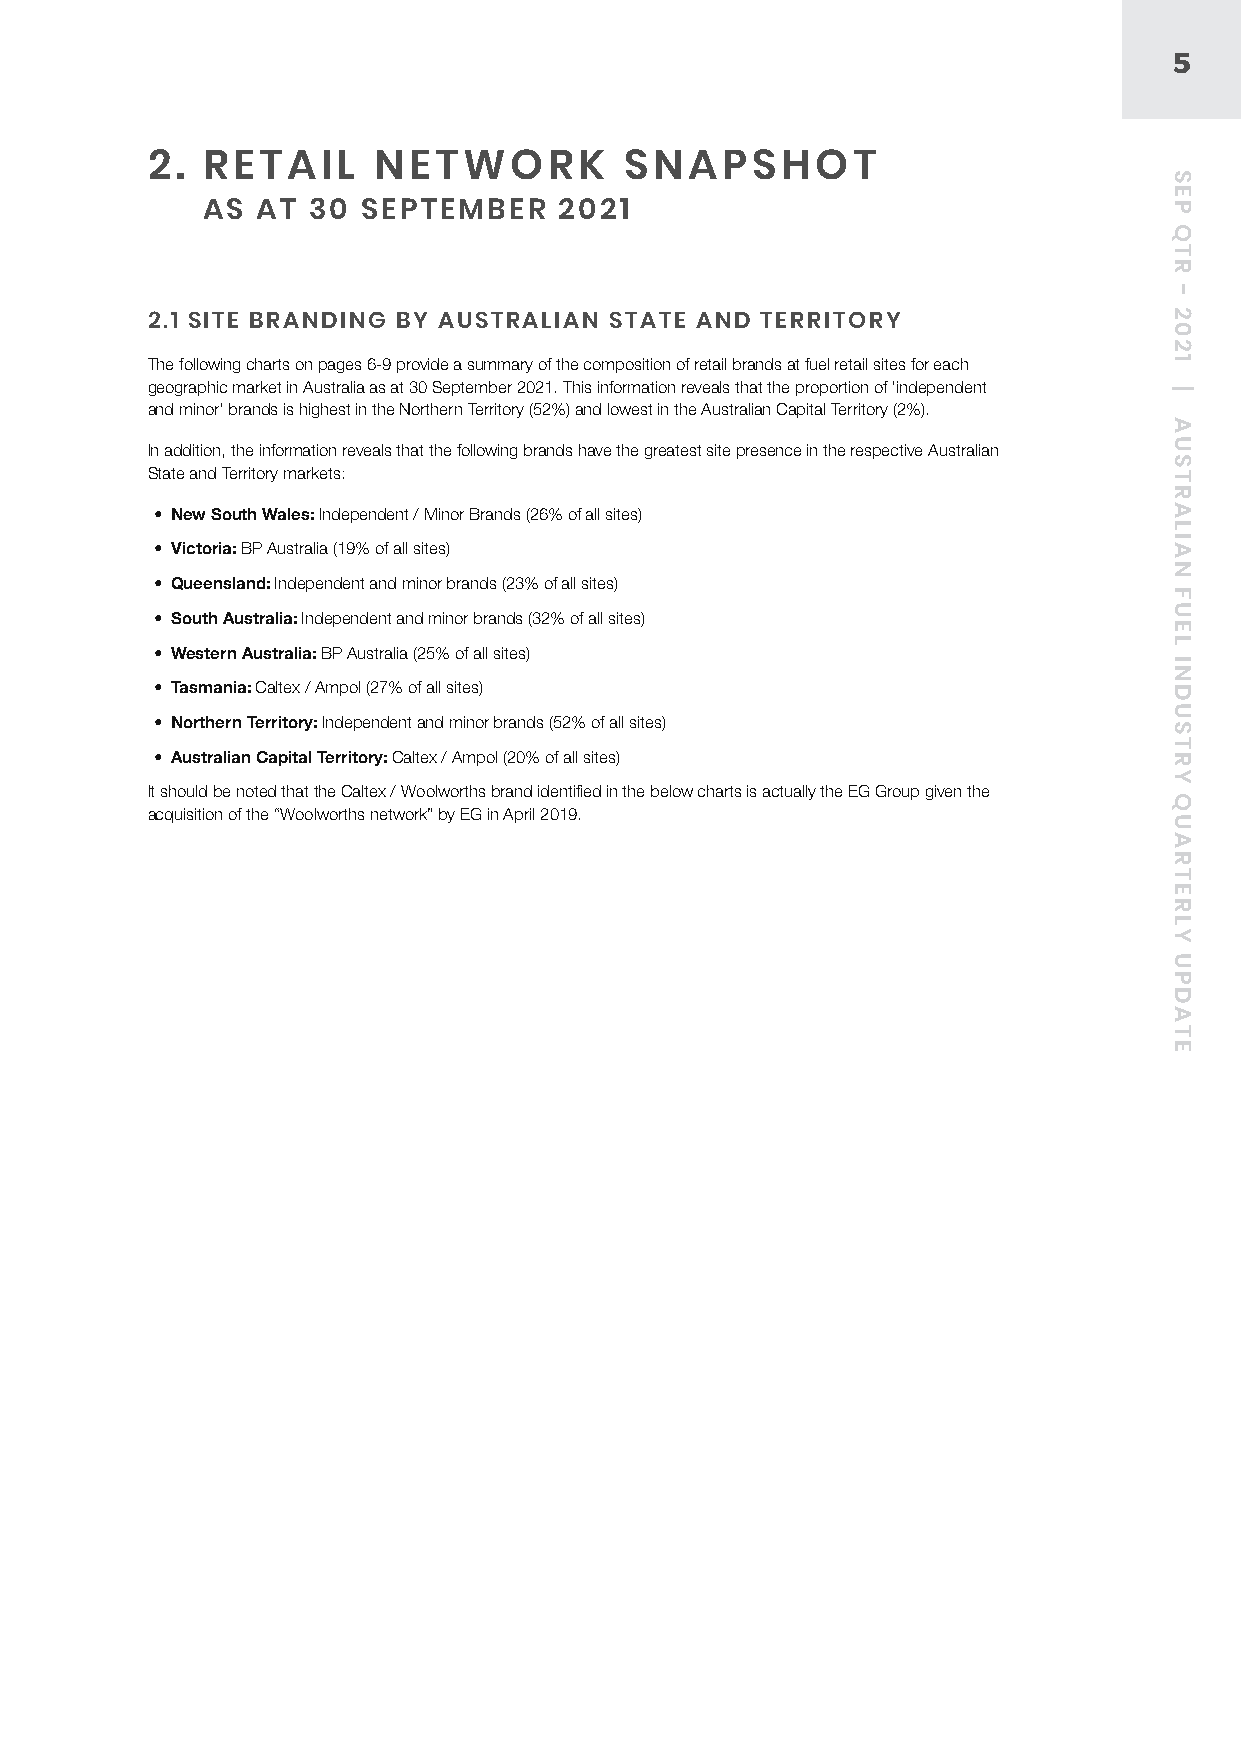
5
 2. RETAIL      NETWORK         SNAPSHOT
 AS  AT 30  SEPTEMBER    2021
 2.1 SITE BRANDING BY AUSTRALIAN STATE AND TERRITORY
 The following charts on pages 6-9 provide a summary of the composition of retail brands at fuel retail sites for each
 geographic market in Australia as at 30 September 2021. This information reveals that the proportion of ‘independent
 and minor’ brands is highest in the Northern Territory (52%) and lowest in the Australian Capital Territory (2%).
 In addition, the information reveals that the following brands have the greatest site presence in the respective Australian
 State and Territory markets:
 • New South Wales: Independent / Minor Brands (26% of all sites)
 • Victoria: BP Australia (19% of all sites)
 • Queensland: Independent and minor brands (23% of all sites)
 • South Australia: Independent and minor brands (32% of all sites)
 • Western Australia: BP Australia (25% of all sites)
 • Tasmania: Caltex / Ampol (27% of all sites)
 • Northern Territory: Independent and minor brands (52% of all sites)
 • Australian Capital Territory: Caltex / Ampol (20% of all sites)
 It should be noted that the Caltex / Woolworths brand identified in the below charts is actually the EG Group given the
 acquisition of the “Woolworths network” by EG in April 2019.
 SEP
 QTR
 -
 2021
 |
 AUSTRALIAN
 FUEL
 INDUSTRY
 QUARTERLY
 UPDATE